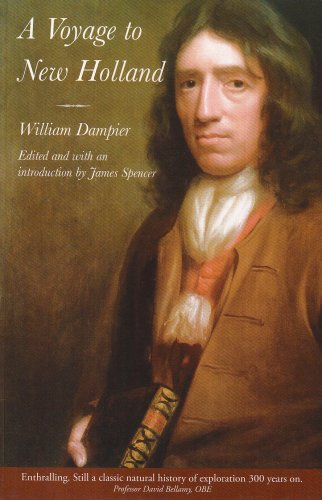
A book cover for A Voyage to New Holland: the English Voyage of Discovery to the South Seas in 1699; William Dampier; Travel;